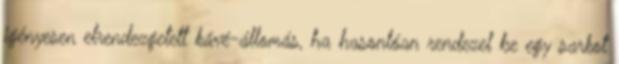
igényesen elrendezgetett kávé-állomás, ha hasonlóan rendezel be egy sarkot